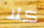
كلا